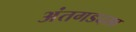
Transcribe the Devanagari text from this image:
अंतगडदसा